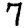
Digit: 7